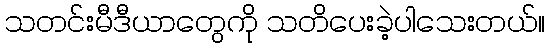
သတင်းမီဒီယာတွေကို သတိပေးခဲ့ပါသေးတယ်။